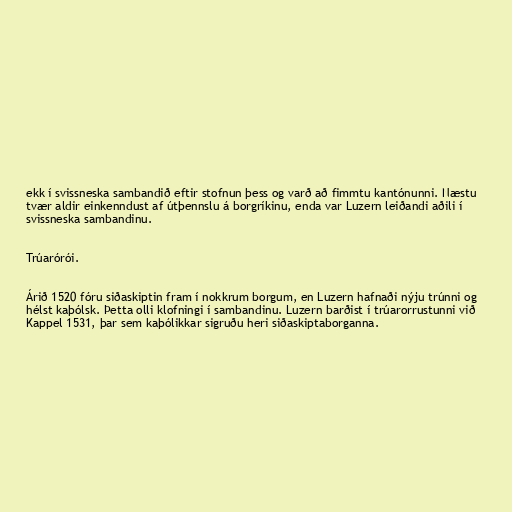
ekk í svissneska sambandið eftir stofnun þess og varð að fimmtu kantónunni. Næstu
tvær aldir einkenndust af útþennslu á borgríkinu, enda var Luzern leiðandi aðili í
svissneska sambandinu.

Trúarórói.

Árið 1520 fóru siðaskiptin fram í nokkrum borgum, en Luzern hafnaði nýju trúnni og
hélst kaþólsk. Þetta olli klofningi í sambandinu. Luzern barðist í trúarorrustunni við
Kappel 1531, þar sem kaþólikkar sigruðu heri siðaskiptaborganna.